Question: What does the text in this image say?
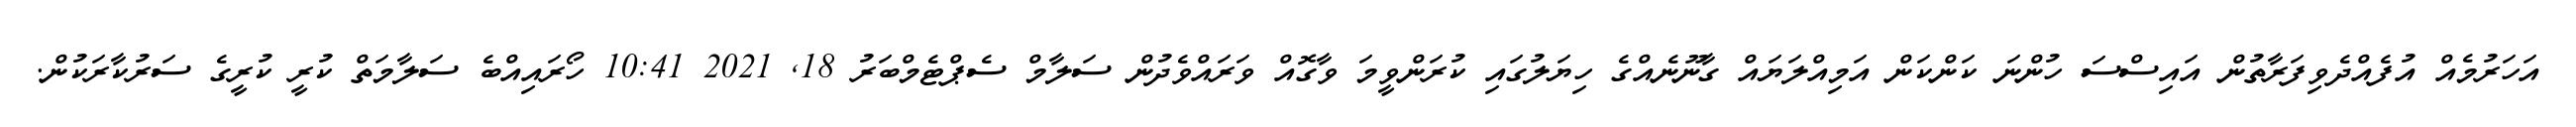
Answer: އަހަރުމެއް އުފެއްދެވިފަރާތުން އައިސްސަ ހުންނަ ކަންކަން އަމިއްލަޔައް ގާނޫނެއްގެ ހިޔަލުގައި ކުރަންވީމަ ވާގޮއް ވަރައްވެދުން ސަލާމް ސެޕްޓެމްބަރު 18, 2021 10:41 ހޯރައިއްބެ ސަލާމަތް ކުރީ ކުރީގެ ސަރުކާރަކުން.